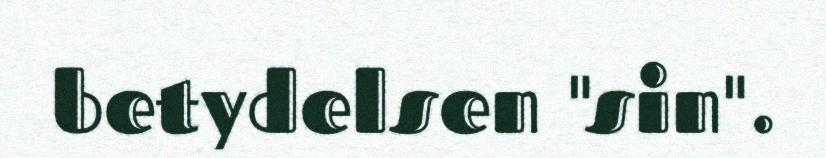
betydelsen "sin".